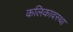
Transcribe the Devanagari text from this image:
कलिकावस्था